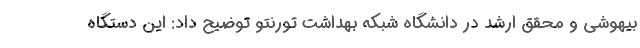
بیهوشی و محقق ارشد در دانشگاه شبکه بهداشت تورنتو توضیح داد: این دستگاه